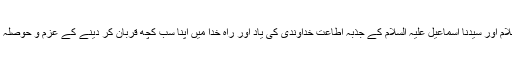
اُمت مسلمہ سیدنا ابراہیم علیہ السلام اور سیدنا اسماعیل علیہ السلام کے جذبہ اطاعت خداوندی کی یاد اور راہِ خدا میں اپنا سب کچھ قربان کر دینے کے عزم و حوصلہ کا اعادہ کرتے ہوئے مناتی ہے۔